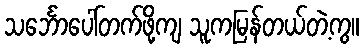
သင်္ဘောပေါ်တက်ဖို့ကျ သူကမြန်တယ်တဲ့ကွ။